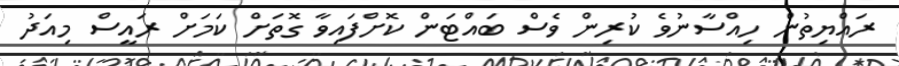
ރައްޔިތުން ހިއްސާނުވެ ކުރިން ވެސް ބައްޓަން ކޮށްފައިވާ ގޮތަށް ކަމަށް ރައީސް މިއަދު